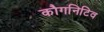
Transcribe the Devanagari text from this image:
कौगनिटिव